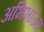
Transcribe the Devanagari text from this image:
अभिभाज्य